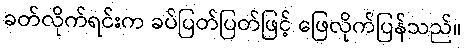
ခတ်လိုက်ရင်းက ခပ်ပြတ်ပြတ်ဖြင့် ဖြေလိုက်ပြန်သည်။